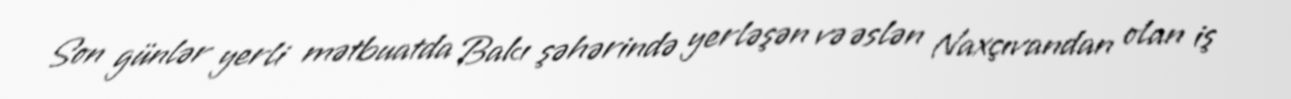
Son günlər yerli mətbuatda Bakı şəhərində yerləşən və əslən Naxçıvandan olan iş